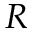
R